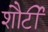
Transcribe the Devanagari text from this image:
शौर्टी